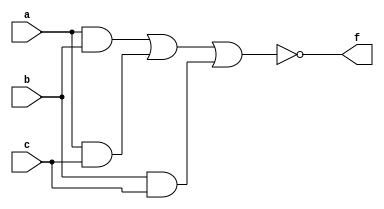
module min_det(a,b,c,f);
input a,b,c;
output f;
assign f=~((a&b)|(a&c)|(b&c));
endmodule